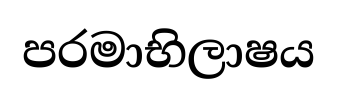
පරමාභිලාෂය